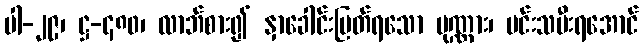
ပါ-၂၉၊ ဋ္ဌ-၄၈၀၊ လာဘ်စား၍ နှာခေါင်းပြတ်ရသော ပုဏ္ဏား၊ မင်းသမီးရအောင်